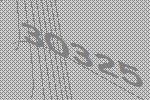
30325